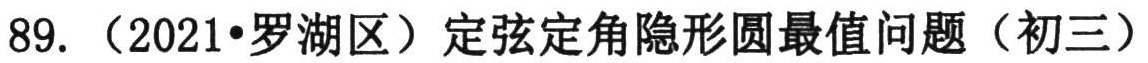
89. （2021•罗湖区）定弦定角隐形圆最值问题（初三）